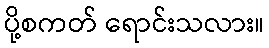
ပို့စကတ် ရောင်းသလား။